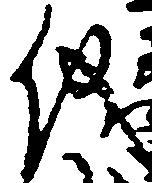
儀